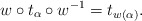
\begin{align*}w\circ t_\alpha\circ w^{-1}= t_{w(\alpha)}. \end{align*}